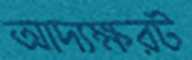
আদ্যক্ষরট